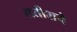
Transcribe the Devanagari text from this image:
सतीशचे